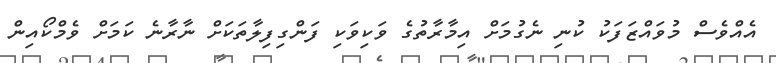
އެއްވެސް މުވައްޒަފަކު ކުނި ނެގުމަށް އިމާރާތުގެ ވަކިވަކި ފަންގިފިލާތަކަށް ނާރާނެ ކަމަށް ވެމްކޯއިން